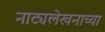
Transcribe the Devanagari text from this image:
नाट्यलेखनाच्या